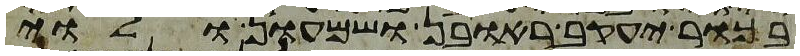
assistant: בכור יעקב ראובן ושמעון ולוי